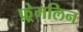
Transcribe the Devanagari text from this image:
फ़्रेमलिन